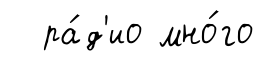
ра́д'ио мно́го